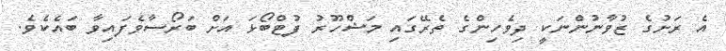
އެ ރަށުގެ ޒުވާނުންނަކީ ދިވެހިންގެ ތެރޭގައި މަޝްހޫރު ފުޓްބޯޅަ އަށް ބަރޯސާވެފައިވާ ބައެކެވެ.